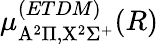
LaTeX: \mu_{\mathrm{A}^{2}\Pi,\mathrm{X}^{2}\Sigma^{+}}^{(ETDM)}(R)